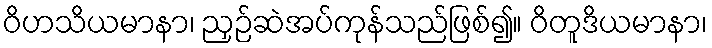
ဝိဟသိယမာနာ၊ ညှဉ်ဆဲအပ်ကုန်သည်ဖြစ်၍။ ဝိတူဒိယမာနာ၊